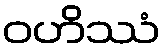
ဝဟိဿံ